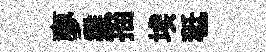
夣雞描埃秪